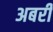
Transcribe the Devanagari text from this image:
अबरी